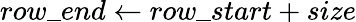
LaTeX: row\_ end\gets row\_ start+size